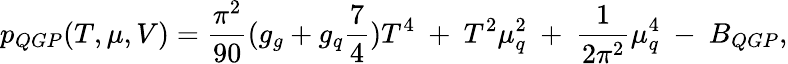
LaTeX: p_{QGP}(T,\mu,V)=\frac{\pi^{2}}{90}(g_{g}+g_{q}\frac{7}{4})T^{4}~+~T^{2}\mu_{q}^{2}~+~\frac{1}{2\pi^{2}}\mu_{q}^{4}~-~B_{QGP},